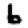
Digit: 6